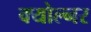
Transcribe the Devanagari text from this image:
क्योल्नर